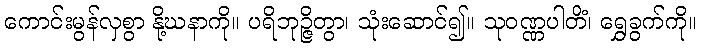
ကောင်းမွန်လှစွာ နို့ဃနာကို။ ပရိဘုဉ္ဇိတွာ၊ သုံးဆောင်၍။ သုဝဏ္ဏပါတိံ၊ ရွှေခွက်ကို။